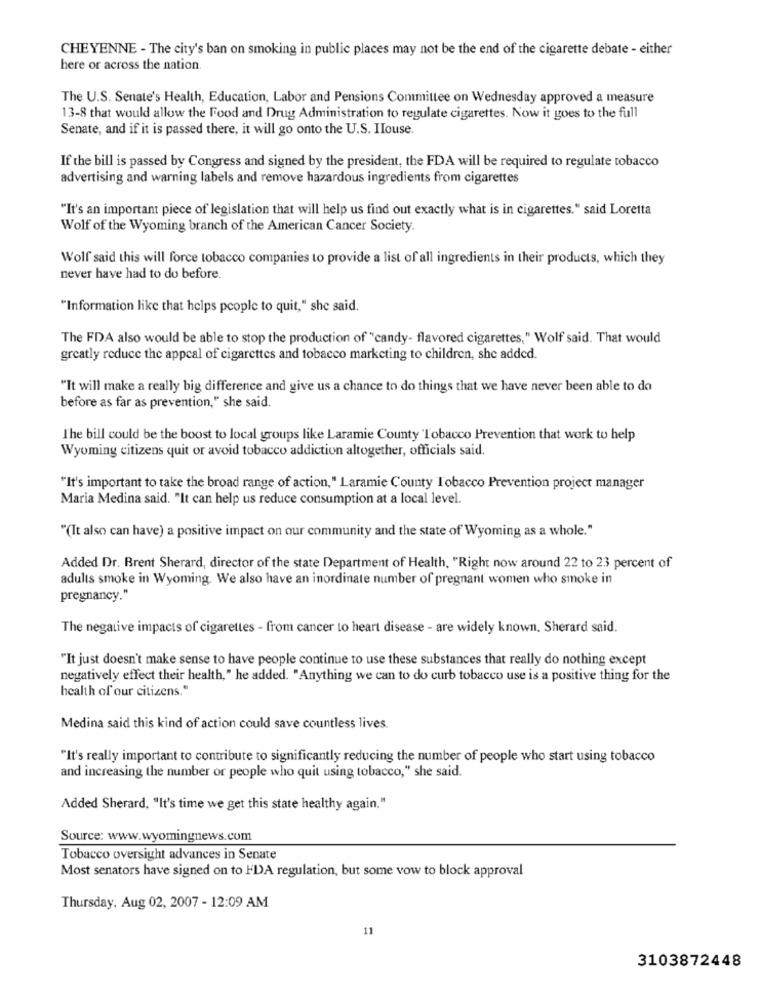
CHEYENNE - The city's ban on smoking in public places may not be the end of the cigarette debate - either
here or across the nation.
The U.S. Senate's Health, Education, Labor and Pensions Committee on Wednesday approved a measure
13-8 that would allow the Food and Drug Administration to regulate cigarettes. Now it goes to the full
Senate, and if it is passed there, it will go onto the U.S. IIouse.
If the bill is passed by Congress and signed by the president, the FDA will be required to regulate tobacco
advertising and warning labels and remove hazardous ingredients from cigarettes
"It's an important piece of legislation that will help us find out exactly what is in cigarettes." said Loretta
Wolf of the Wyoming branch of the American Cancer Society.
Wolf said this will force tobacco companies to provide a list of all ingredients in their products, which they
never have had to do before.
"Information like that helps people to quit," she said.
The FDA also would be able to stop the production of "candy- flavored cigarettes," Wolf said. That would
greatly reduce the appeal of cigarettes and tobacco marketing to children, she added.
"It will make a really big difference and give us a chance to do things that we have never been able to do
before as far as prevention," she said.
The bill could be the boost to local groups like Laramie County 'Tobacco Prevention that work to help
Wyoming citizens quit or avoid tobacco addiction altogether, officials said.
"It's important to take the broad range of action," Laramie County Tobacco Prevention project manager
Maria Medina said. "It can help us reduce consumption at a local level.
"(It also can have) a positive impact on our community and the state of Wyoming as a whole."
Added Dr. Brent Sherard, director of the state Department of Health, "Right now around 22 to 23 percent of
adults smoke in Wyoming. We also have an inordinate number of pregnant women who smoke in
pregnancy."
The negative impacts of cigarettes - from cancer to heart disease - are widely known. Sherard said.
"It just doesn't make sense to have people continue to use these substances that really do nothing except
negatively effect their health," he added. "Anything we can to do curb tobacco use is a positive thing for the
health of our citizens."
Medina said this kind of action could save countless lives.
"It's really important to contribute to significantly reducing the number of people who start using tobacco
and increasing the number or people who quit using tobacco," she said.
Added Sherard, "It's time we get this state healthy again."
Source: www.wyomingnews.com
Tobacco oversight advances in Senate
Most senators have signed on to HDA regulation, but some vow to block approval
Thursday, Aug 02, 2007 - 12:09 AM
11
3103872448